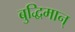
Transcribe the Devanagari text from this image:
बुद्धिमान्‌